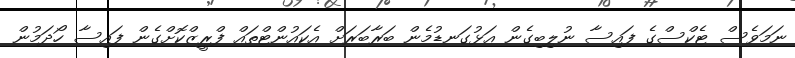
ނަމަވެސް ޓެކްސްގެ ފައިސާ ނުލިބިގެން އަޅުގަނޑުމެން ބަރާބަރަށް އެކައުންޓްތައް ފްރީޒްކޮށްގެން ފައިސާ ހޯދަމުން